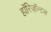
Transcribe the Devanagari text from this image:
हॉरिज़ॉन्टल